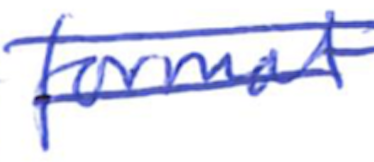
Text: format
Cross-out: double-line
Writing tool: ballpoint